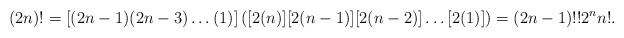
LaTeX: \begin{align*}(2n)!=[(2n-1)(2n-3)\dots(1)]\left([2(n)][2(n-1)][2(n-2)]\dots [2(1)]\right)=(2n-1)!!2^{n}n!.\end{align*}